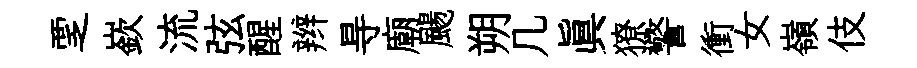
覂嶔流弦醒辫㝵廟颺朔几眞獠警衝女嶺伎